Document type: Acquittance
Year: 1296
Scribe: Jaume de Malví
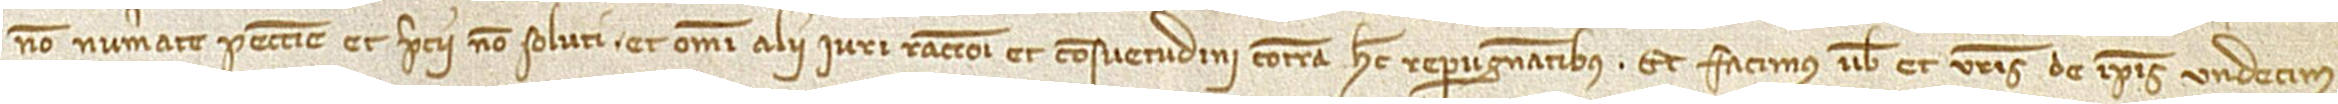
non numerate peccunie, et precii non soluti, et omni alii iuri, racioni et consuetudini contra hec repugnantibus. Et facimus vobis et vestris de ipsis undecim